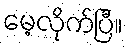
မေ့လိုက်ပြီ။